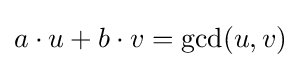
a\cdot {}u+b\cdot {}v=\gcd(u,v)